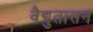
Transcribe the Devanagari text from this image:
वैद्युतासन